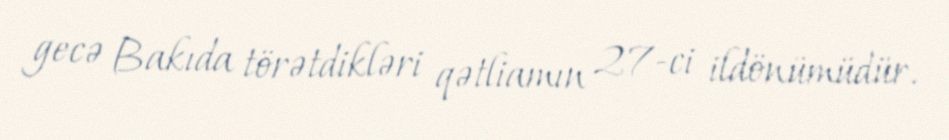
gecə Bakıda törətdikləri qətliamın 27-ci ildönümüdür.